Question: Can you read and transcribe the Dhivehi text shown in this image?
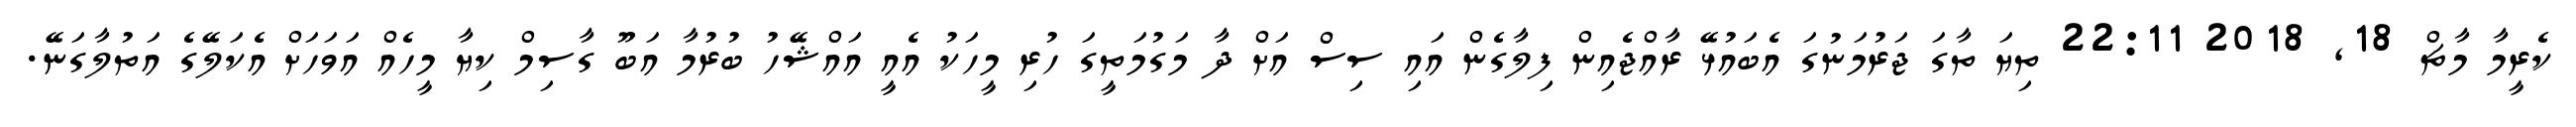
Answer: ކެރީމާ މާޗް 18, 2018 22:11 ތިޔަ ތާގަ ޖަރުމަނުގަ އެބައުޅޭ ރާއްޖެއިން ފިލާގެން އައި ސިސް އަށް ދާ މަގުމަތީގަ ހުރި މީހަކު އެއީ އައްޝޭހު ބުރުމާ އަބޫ ގާސިމް ކިޔާ މީހެއް އަވަހަށް އެކަލޭގެ އަތުލާގަނޭ.